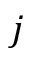
j